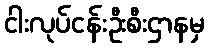
ငါးလုပ်ငန်းဦးစီးဌာနမှ